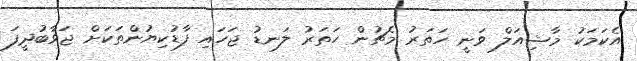
އެކަމަކު މާޝިއަލް ވަނީ ހަތަރު މެޗުން ހަތަރު ލަނޑު ޖަހައި ފާޑުކިޔުންތަކަށް ޖަވާބުދީފަ